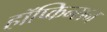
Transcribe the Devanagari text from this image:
हॉप्किन्सन